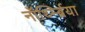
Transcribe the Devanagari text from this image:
नॉर्थ्म्ब्रिया